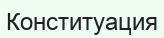
Конституация